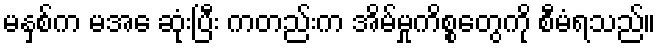
မနှစ်က မအေ ဆုံးပြီး ကတည်းက အိမ်မှုကိစ္စတွေကို စီမံရသည်။